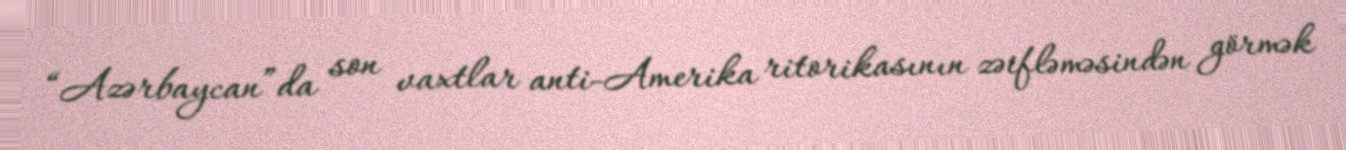
“Azərbaycan”da son vaxtlar anti-Amerika ritorikasının zəifləməsindən görmək